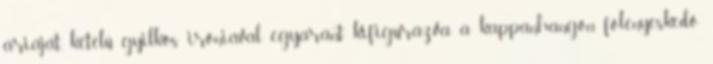
áriáját, kétélű, gyilkos iróniával, egyaránt kifigurázva a kappanhangon fölényeskedő